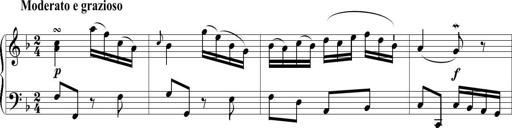
Title: 6 Leichte Sonatinen, Teil 1
Composer: F. Sigismund Sander